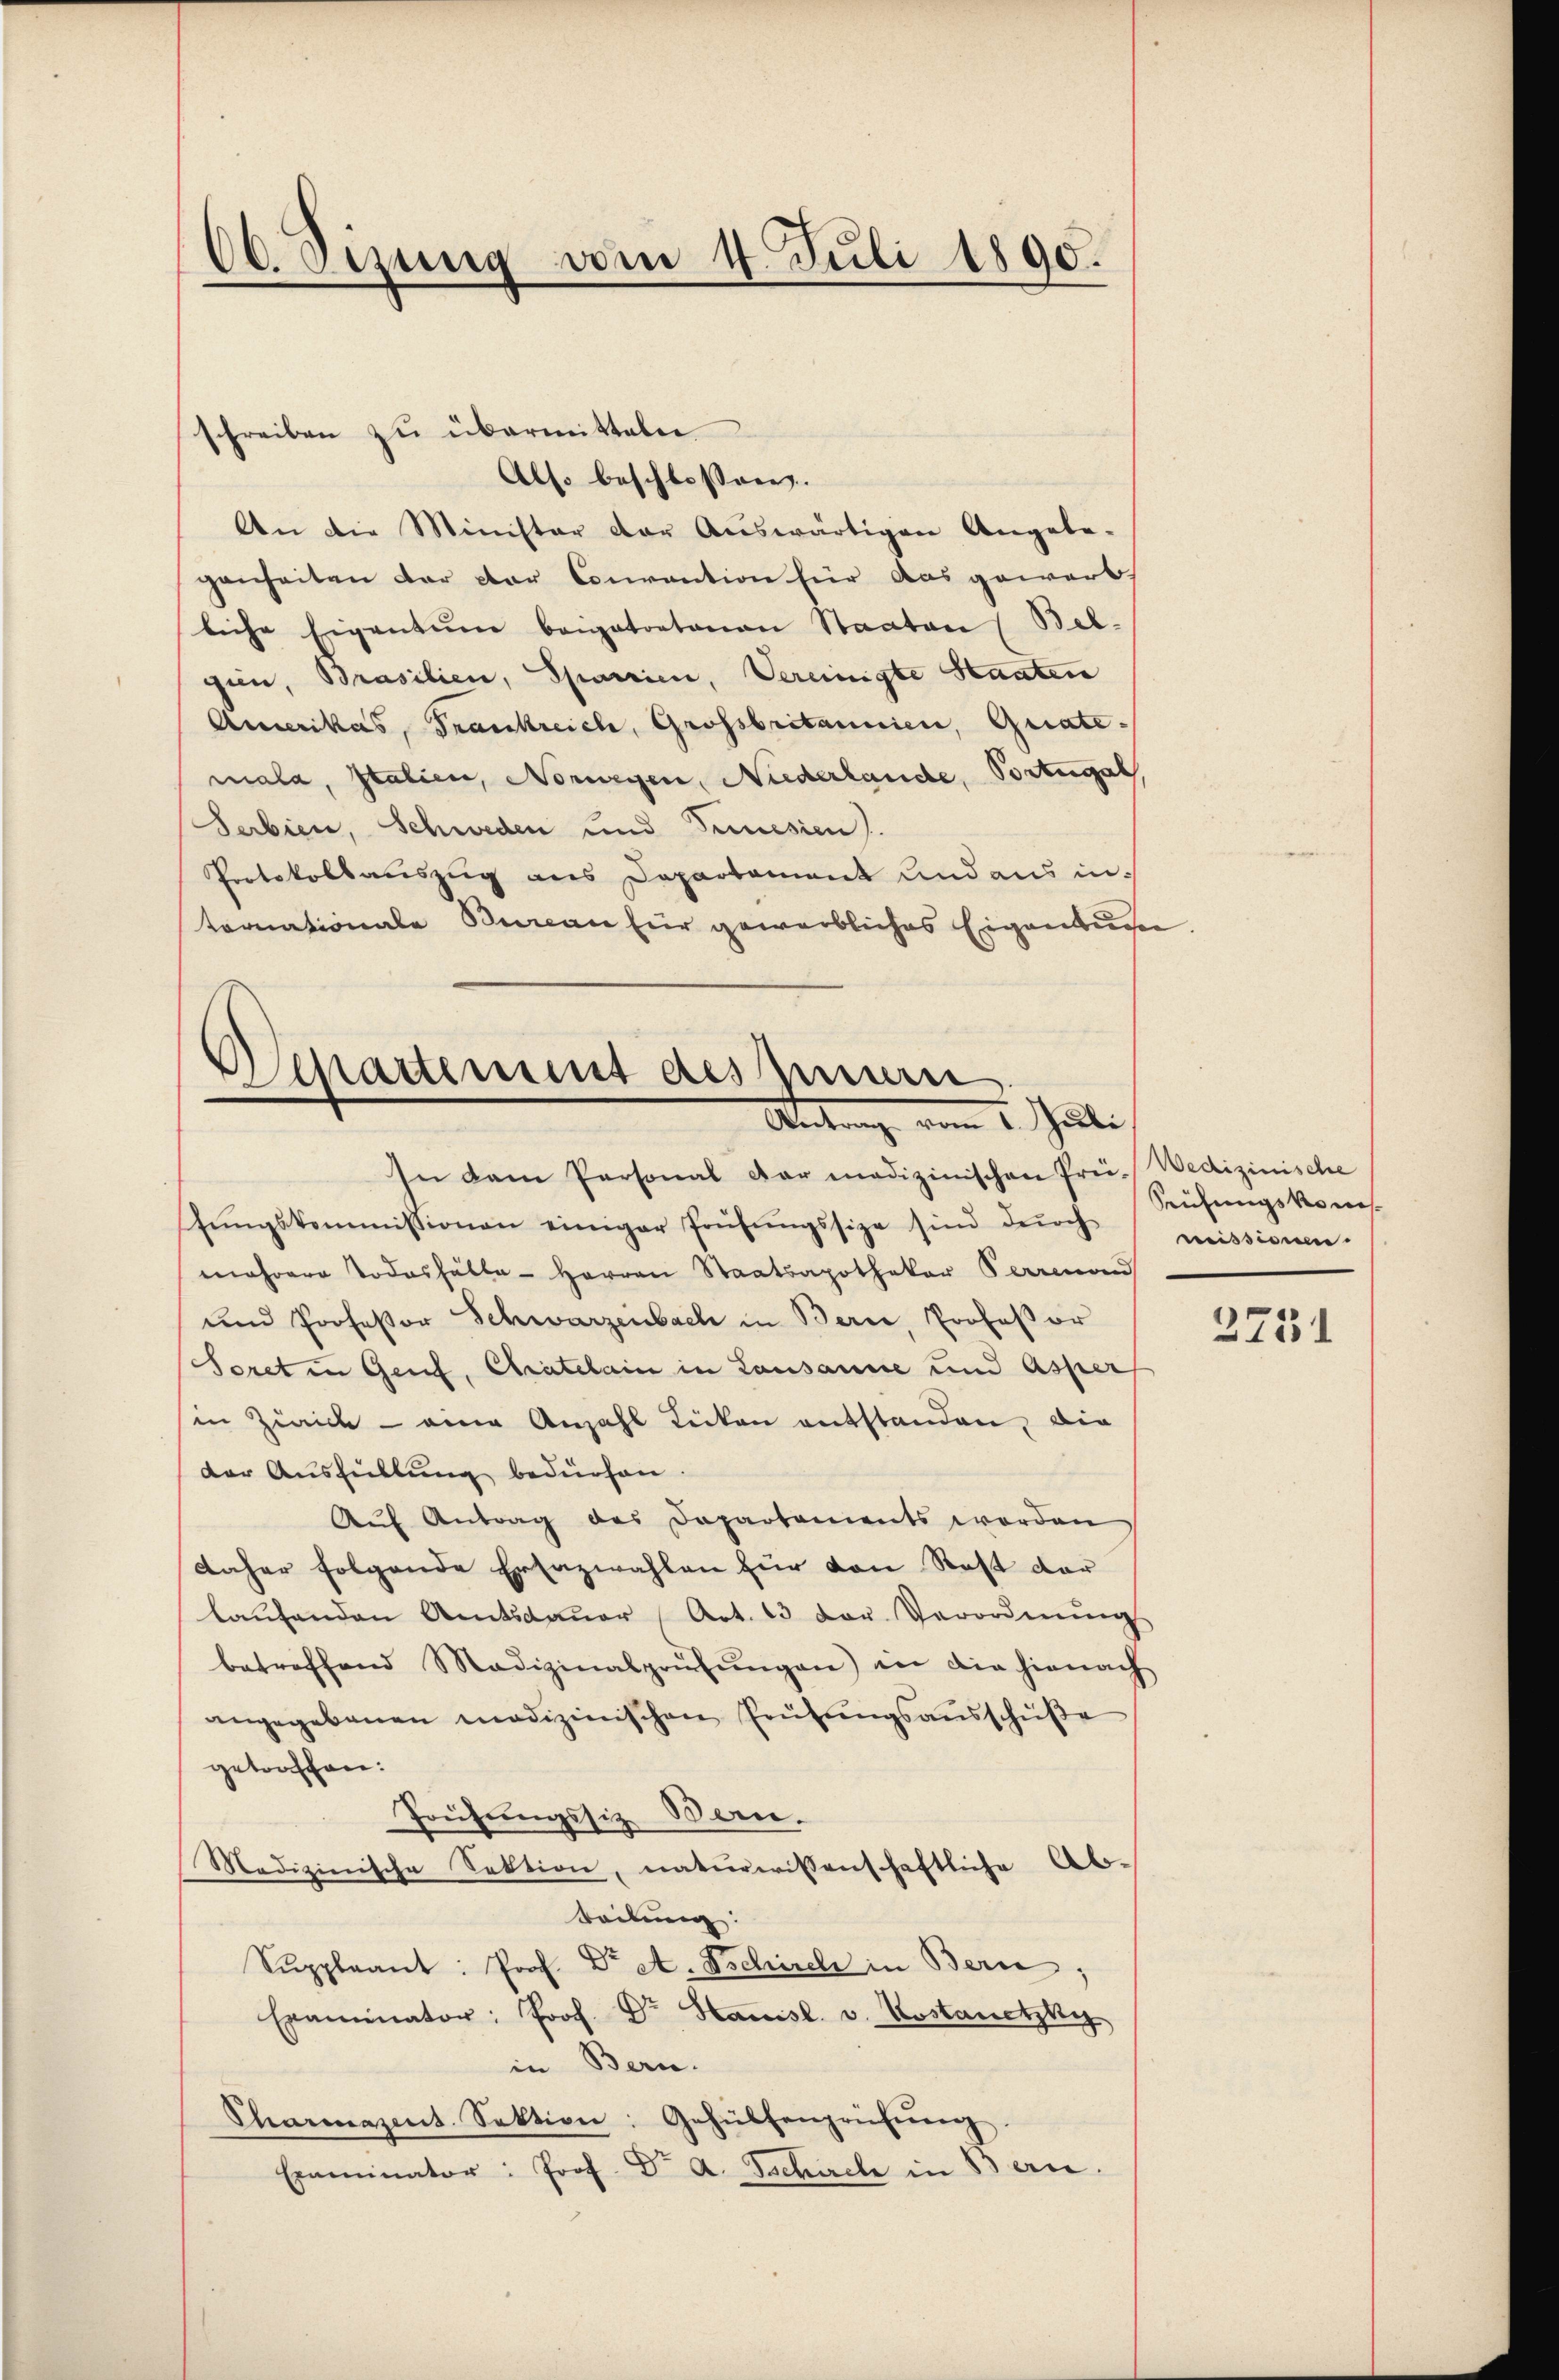
60. Sizung vom 4. Juli 1890.

schreiben zŭ übermitteln
Also beschlossen.
An die Minister der Auswärtigen Angabe-
genheiten der der Courantion für das gewarb.
liche Eigentum beigetretenen Staaten Belgien, Brasilien, Spanien, Vereinigte Staaten
Amerikas, Frankreich, Grossbritannien, Quatemala, Italien, Norwegen, Niederlande, Portugal
Serbien, Schweden und Timesien).
Protokollauszug aus Departement und aus intornationale Bureau für gewerbliches Eigenbure

Separtement des Innern
Antrag vom 1. Juli

In dem Personal dar medizinischen Prei. Wedizinische
tŭngskommissionen einiger Prüfŭngssize sind dŭrch
mehrere Todesfälle Herren Staatsapothekar Perrond
und Professor Schwarzenbach in Berne, Professor
Soret in Genf, Chratelain in Lausanne und Asper
in Zürich - eine Anzahl Lücken entstanden, die
der Ausfüllung bedürfen.
Aŭf Antrag des Departements worden
daher folgende Erfazwahlen für von Rest der
laŭfenden Amtsdaŭer (Art. 13 der Verordnŭng
betreffend Medizinalprüfŭngen) in die hienach
angegebenen medizinischen Prüfŭngsaŭsschüße
getroffen:
Toütungssiz Bern.
Medizinische Sektion, naturwissenschaftliche Ab-
Teilung:
Suppleant: Prof. Dr A. Tschirel in Bern.
Examinator: Prof. Dr Hausl. v. Kostanetzky
in Bern.
Charmazent. Sektion: Gehülfenprüfŭng
Eiminator: Prof. Dr. A. Tschach in Ban

Reihungskomisneissionen.

2751